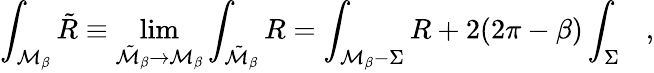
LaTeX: \int_{{\cal M}_{\beta}}{\tilde{R}}\equiv\operatorname*{lim}_{{\tilde{\cal M}}_{\beta}\rightarrow{\cal M}_{\beta}}\int_{{\tilde{\cal M}}_{\beta}}R=\int_{{\cal M}_{\beta}-\Sigma}R+2(2\pi-\beta)\int_{\Sigma}~~~,